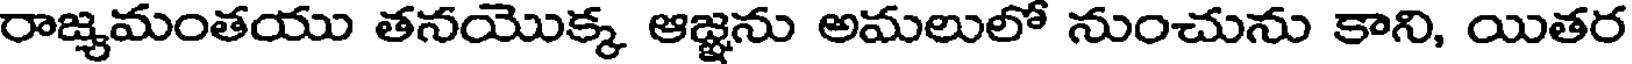
రాజ్యమంతయు తనయొక్క ఆజ్ఞను అమలులో నుంచును కాని, యితర